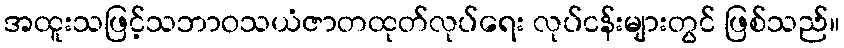
အထူးသဖြင့်သဘာဝသယံဇာတထုတ်လုပ်ရေး လုပ်ငန်းများတွင် ဖြစ်သည်။